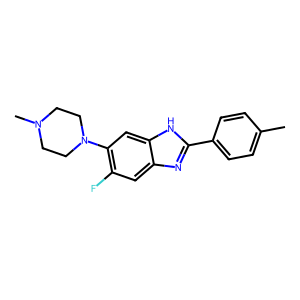
SMILES: Cc1ccc(-c2nc3cc(F)c(N4CCN(C)CC4)cc3[nH]2)cc1
Inhibits HIV replication: No